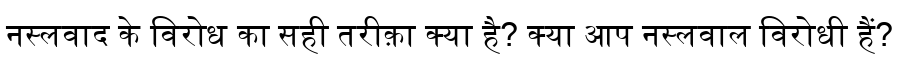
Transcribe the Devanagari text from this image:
नस्लवाद के विरोध का सही तरीक़ा क्या है? क्या आप नस्लवाल विरोधी हैं?